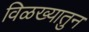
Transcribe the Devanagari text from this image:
विळख्यातुन